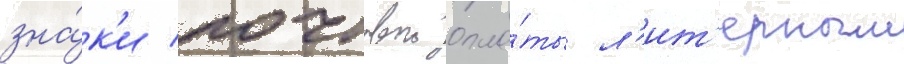
зна́к'и почтовои опла́ты л'ит'ерным